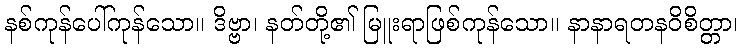
နစ်ကုန်ပေါ်ကုန်သော။ ဒိဗ္ဗာ၊ နတ်တို့၏ မြူးရာဖြစ်ကုန်သော။ နာနာရတနဝိစိတ္တာ၊